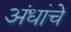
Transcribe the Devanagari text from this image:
अंधांचे